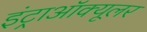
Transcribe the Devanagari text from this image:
इंट्राऑक्यूलर